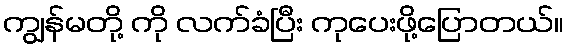
ကျွန်မတို့ ကို လက်ခံပြီး ကုပေးဖို့ပြောတယ်။